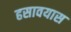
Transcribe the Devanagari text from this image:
हसावयास